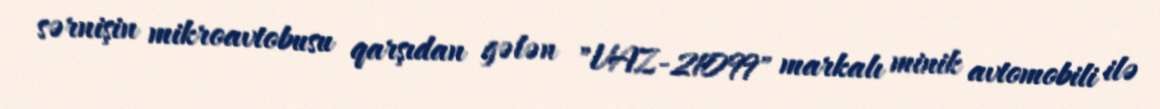
sərnişin mikroavtobusu qarşıdan gələn "VAZ-21099" markalı minik avtomobili ilə